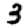
Digit: 3